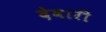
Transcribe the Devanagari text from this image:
देवारी